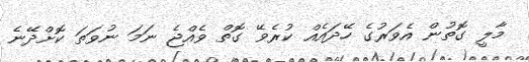
މާލީ ގޮތުން އެވަރުގެ ހޭދައެއް ކުރެވޭ ގޮތް ވެއްޖެ ނަމަ ނުވަތަ ކޮށްދޭނެ